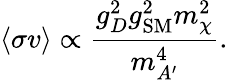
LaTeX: \langle\sigma v\rangle\propto\frac{g_{D}^{2}g_{\mathrm{SM}}^{2}m_{\chi}^{2}}{m_{A^{\prime}}^{4}}.